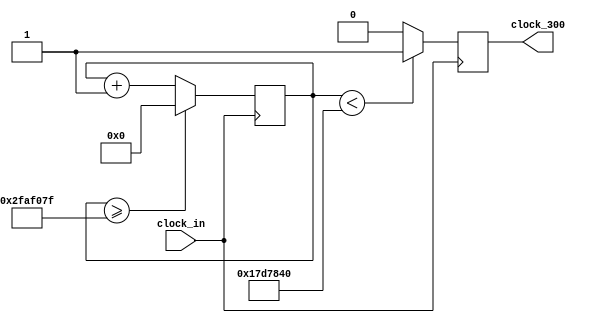
`timescale 1ns / 1ps
//////////////////////////////////////////////////////////////////////////////////
// Company: 
// Engineer: 
// 
// Design Name: 
// Module Name:    ck02 
// Project Name: 
// Target Devices: 
// Tool versions: 
// Description: 
//
// Dependencies: 
//
// Revision: 
// Revision 0.01 - File Created
// Additional Comments: 
//
//////////////////////////////////////////////////////////////////////////////////
module ck02 (input clock_in, output reg clock_300);

reg [27:0]  counter = 28'd0;
parameter DIVISOR = 28'd50000000;
always @(posedge clock_in)
begin
counter <= counter + 28'd1;
if (counter >=(DIVISOR-1))
counter <= 28'd0;
clock_300 <= (counter<DIVISOR/2)?1'b1:1'b0;

end


endmodule